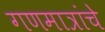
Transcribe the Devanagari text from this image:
गणमात्रांचे